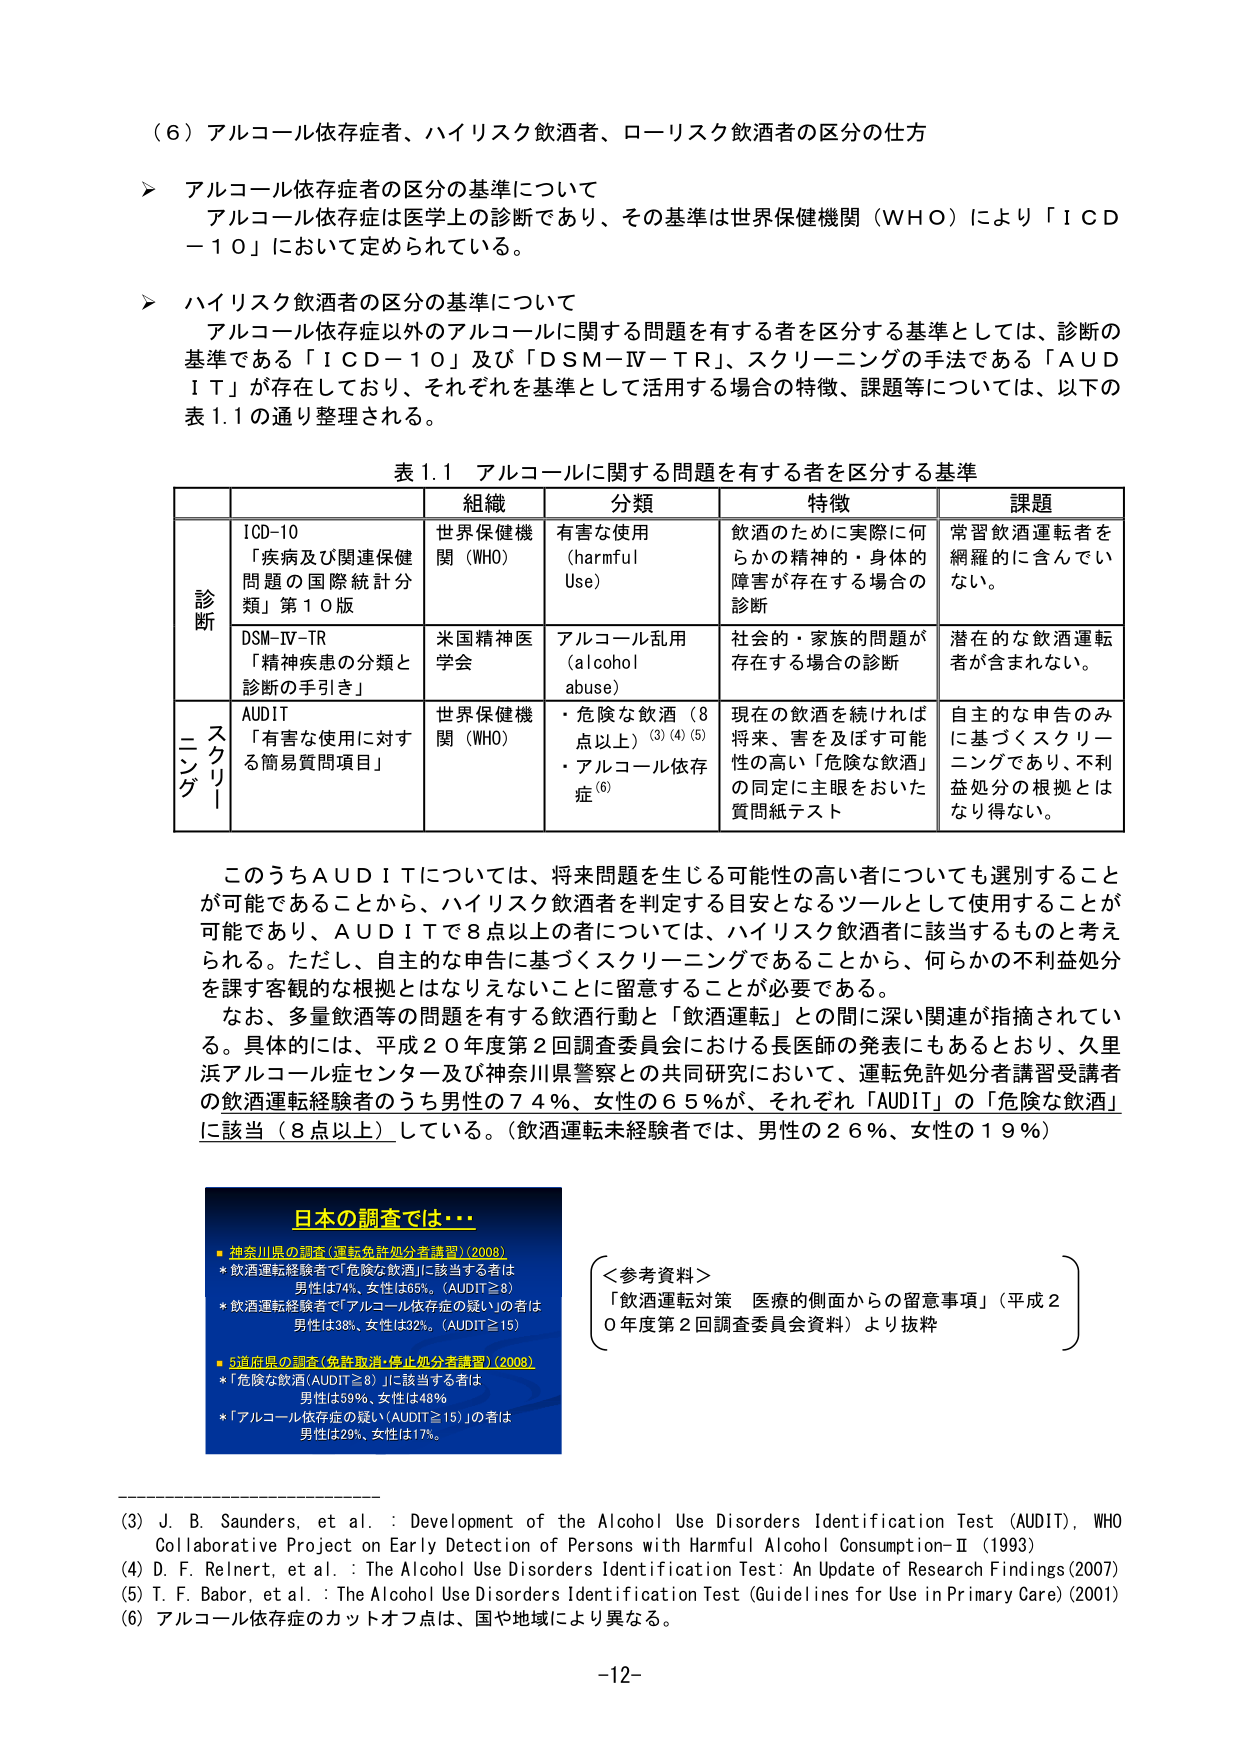
（６）アルコール依存症者、ハイリスク飲酒者、ローリスク飲酒者の区分の仕方

＞ アルコール依存症者の区分の基準について
アルコール依存症は医学上の診断であり、その基準は世界保健機関（ＷＨＯ）により「ＩＣＤ－１０」において定められている。

＞ ハイリスク飲酒者の区分の基準について
アルコール依存症以外のアルコールに関する問題を有する者を区分する基準としては、診断の基準である「ＩＣＤ－１０」及び「ＤＳＭ－ＩＶ－ＴＲ」、スクリーニングの手法である「ＡＵＤＩＴ」が存在しており、それぞれを基準として活用する場合の特徴、課題等については、以下の表1.1の通り整理される。

表1.1 アルコールに関する問題を有する者を区分する基準

| | | 組織 | 分類 | 特徴 | 課題 |
|---|---|---|---|---|---|
| | ICD-10<br>「疾病及び関連保健問題の国際統計分類」第10版 | 世界保健機関（WHO） | 有害な使用<br>（harmful Use） | 飲酒のために実際に何らかの精神的・身体的障害が存在する場合の診断 | 常習飲酒運転者を網羅的に含んでいない。 |
| 診断 | DSM-IV-TR<br>「精神疾患の分類と診断の手引き」 | 米国精神医学会 | アルコール乱用<br>（alcohol abuse） | 社会的・家族的問題が存在する場合の診断 | 潜在的な飲酒運転者が含まれない。 |
| スクリーニング | AUDIT<br>「有害な使用に対する簡易質問項目」 | 世界保健機関（WHO） | ・危険な飲酒（8点以上）<sup>(3)(4)(5)</sup><br>・アルコール依存症<sup>(6)</sup> | 現在の飲酒を続ければ将来、害を及ぼす可能性の高い「危険な飲酒」の同定に主眼をおいた質問紙テスト | 自主的な申告のみに基づくスクリーニングであり、不利益処分の根拠とはなり得ない。 |

このうちＡＵＤＩＴについては、将来問題を生じる可能性の高い者についても選別することが可能であることから、ハイリスク飲酒者を判定する目安となるツールとして使用することが可能であり、ＡＵＤＩＴで8点以上の者については、ハイリスク飲酒者に該当するものと考えられる。ただし、自主的な申告に基づくスクリーニングであるところから、何らかの不利益処分を課す客観的な根拠とはなりえないことに留意することが必要である。

なお、多量飲酒等の問題を有する飲酒行動と「飲酒運転」との間に深い関連が指摘されている。具体的には、平成２０年度第２回調査委員会における長医師の発表にもあるとおり、久里浜アルコール症センター及び神奈川県警察との共同研究において、運転免許処分者講習受講者の飲酒運転経験者のうち男性の７４％、女性の６５％が、それぞれ「ＡＵＤＩＴ」の「危険な飲酒」に該当（８点以上）している。（飲酒運転未経験者では、男性の２６％、女性の１９％）

---

**日本の調査では…**

■ 神奈川県の調査（運転免許処分者講習）（2008）
* 飲酒運転経験者で「危険な飲酒」に該当する者は
　男性は74%、女性は65%。（AUDIT≧8）
* 飲酒運転経験者で「アルコール依存症の疑い」の者は
　男性は38%、女性は32%。（AUDIT≧15）

■ 5道府県の調査（免許取消・停止処分者講習）（2008）
* 「危険な飲酒（AUDIT≧8）」に該当する者は
　男性は59%、女性は48%
* 「アルコール依存症の疑い（AUDIT≧15）」の者は
　男性は29%、女性は17%

---

＜参考資料＞
「飲酒運転対策 医療的側面からの留意事項」（平成20年度第2回調査委員会資料）より抜粋

---

(3) J. B. Saunders, et al. : Development of the Alcohol Use Disorders Identification Test (AUDIT), WHO Collaborative Project on Early Detection of Persons with Harmful Alcohol Consumption-II (1993)
(4) D. F. Rehnert, et al. : The Alcohol Use Disorders Identification Test: An Update of Research Findings (2007)
(5) T. F. Babor, et al. : The Alcohol Use Disorders Identification Test (Guidelines for Use in Primary Care) (2001)
(6) アルコール依存症のカットオフ点は、国や地域により異なる。

-12-